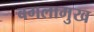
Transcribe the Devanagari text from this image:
बगलामुख